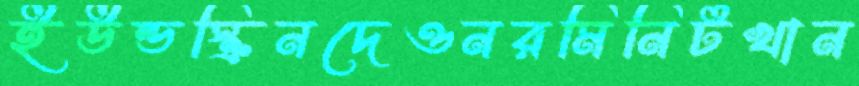
ইউন্ডস্ক্রিনদেওনরমিনিটখান